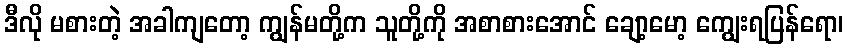
ဒီလို မစားတဲ့ အခါကျတော့ ကျွန်မတို့က သူတို့ကို အစာစားအောင် ချော့မော့ ကျွေးရပြန်ရော၊